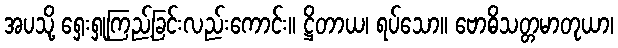
အပသို့ ရှေးရှုကြည့်ခြင်းလည်းကောင်း။ ဋ္ဌိတာယ၊ ရပ်သော။ ဗောဓိသတ္တမာတုယာ၊